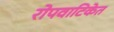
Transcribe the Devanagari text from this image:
रोपवाटिकेत